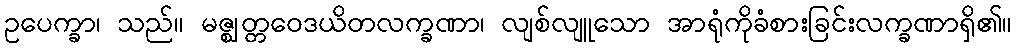
ဥပေက္ခာ၊ သည်။ မဇ္ဈတ္တဝေဒယိတလက္ခဏာ၊ လျစ်လျူသော အာရုံကိုခံစားခြင်းလက္ခဏာရှိ၏။